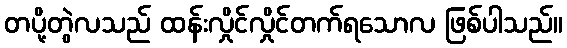
တပို့တွဲလသည် ထန်းလှိုင်လှိုင်တက်ရသောလ ဖြစ်ပါသည်။